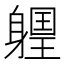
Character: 𨉽